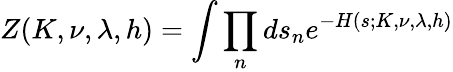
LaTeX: Z(K,\nu,\lambda,h)=\int\prod_{n}ds_{n}e^{-H(s;K,\nu,\lambda,h)}